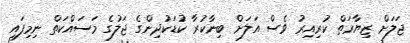
ޖަލަށް ޒިޔާރަތް ކުރިއިރު ވެސް އަލަށް ބިނާކުރާ ކުޑަކުދިންގެ ޖަލުގެ މަސައްކަތް ނިމިފައި